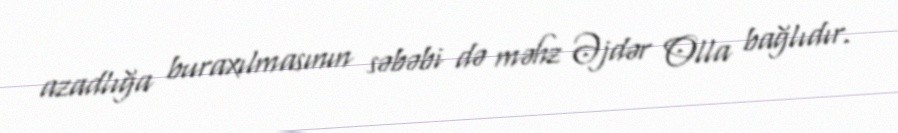
azadlığa buraxılmasının səbəbi də məhz Əjdər Olla bağlıdır.